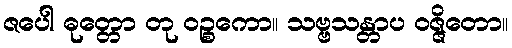
ဇပေါ ဓုတ္တော တု ဝဉ္စကော။ သဗ္ဗသန္တာပ ဝဇ္ဇိတော။